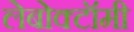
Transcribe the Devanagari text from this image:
लेबोक्टॉमी